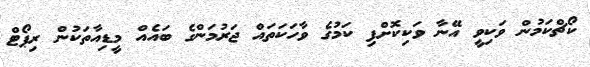
ކޯޗްކަމުން ވަކިވީ އޭނާ ވަކިކޮށްފި ކަމުގެ ވާހަކަތައް ޖަރުމަންގެ ބައެއް މީޑިއާތަކުން ރިޕޯޓް